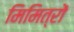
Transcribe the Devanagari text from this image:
मिमित्रों